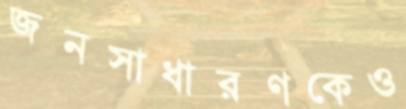
জনসাধারণকেও